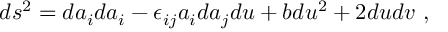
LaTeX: d s ^ { 2 } = d a _ { i } d a _ { i } - \epsilon _ { i j } a _ { i } d a _ { j } d u + b d u ^ { 2 } + 2 d u d v ~ ,